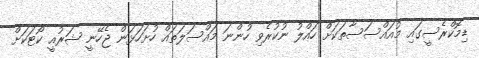
ޑިމޮކްރެސީގައި މުއައްސަސާތަކަށް ހައްލު ނުކުރެވި ހުންނަ މައްސަލަތައް ހުށަހަޅަން ޖެހޭނީ ޝަރުއީ ކޯޓަކަށް